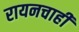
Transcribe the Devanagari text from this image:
रायनचाही